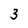
Character: 3